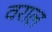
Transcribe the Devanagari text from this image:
वराल